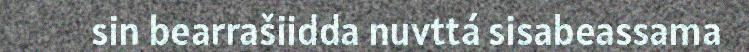
sin bearrašiidda nuvttá sisabeassama